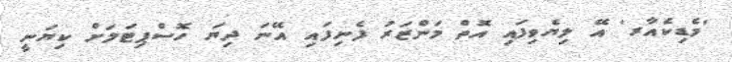
'މެޑިކެއާރ' އޭ ލިޔެވިފައި އޮތް މަންޒަރު ފެނިފައި އޭނަ ދިޔަ ހޮސްޕިޓަލަށް ކިޔަނީ